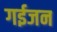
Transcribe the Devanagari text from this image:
गईजन